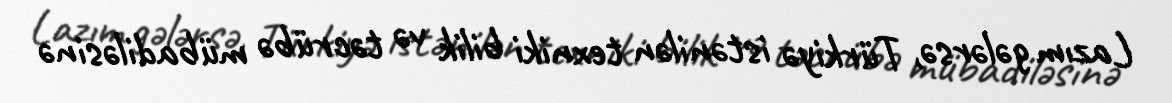
Lazım gələrsə, Türkiyə istənilən texniki bilik və təcrübə mübadiləsinə